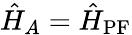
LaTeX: \hat{H}_{A}=\hat{H}_{\mathrm{PF}}